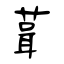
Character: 葺